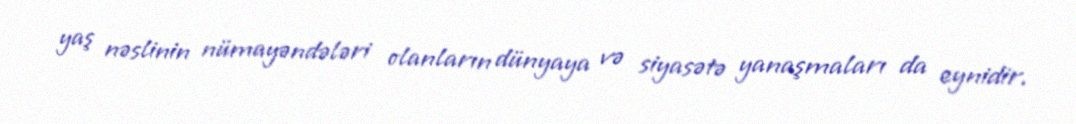
yaş nəslinin nümayəndələri olanların dünyaya və siyasətə yanaşmaları da eynidir.